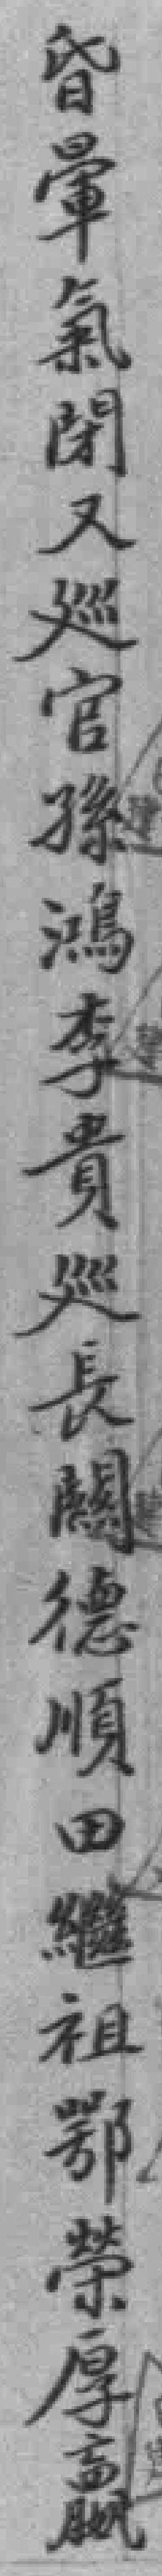
昏暈氣閉又廵官孫鴻李貴廵長闗德順田繼祖鄂榮厚嬴